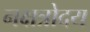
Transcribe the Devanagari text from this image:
नक्षत्रोदय